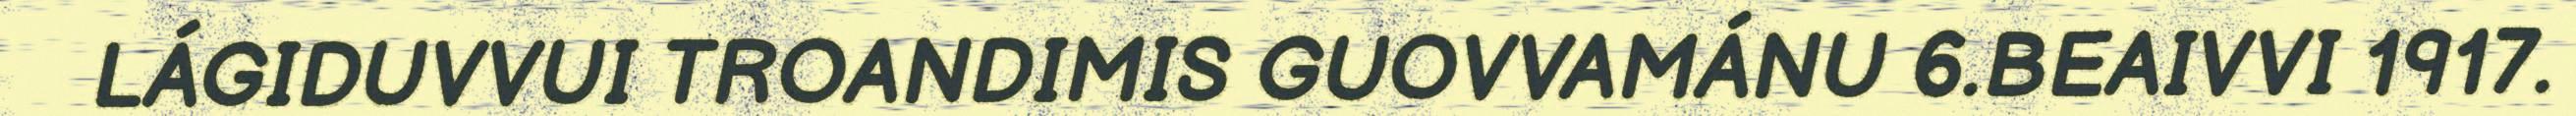
LÁGIDUVVUI TROANDIMIS GUOVVAMÁNU 6.BEAIVVI 1917.